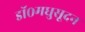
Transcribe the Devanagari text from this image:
डॉ०मधुसूदन